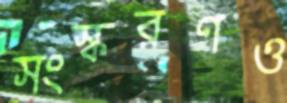
সংস্করণও